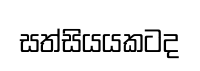
සත්සියයකටද